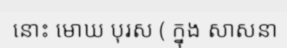
នោះ មោឃ បុរស ( ក្នុង សាសនា